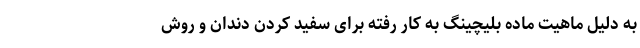
به دلیل ماهیت ماده بلیچینگ به کار رفته برای سفید کردن دندان و روش